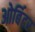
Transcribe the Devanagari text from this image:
ओर्बिटर